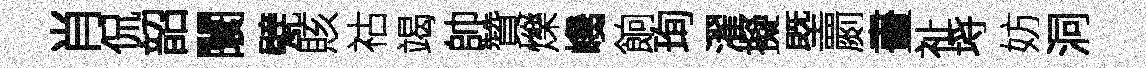
肖侃韶闤甓賅祜竭帥贊爍巉餉珣濯擬塈罽畫祉埓妨洞